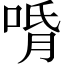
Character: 𱓍